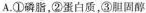
A.①磷脂，②蛋白质，③胆固醇